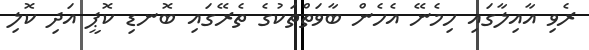
ރެވި އާއިލާގައި ހިމެނޭ އެހެން ބާވަތްތަކުގެ ތެރޭގައި ބޮނޑި ކޮޕީ އަދި ކޮލި